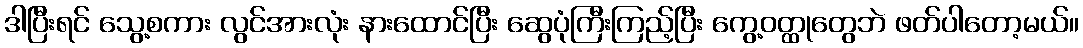
ဒါပြီးရင် သွေ့စကား လွင်အားလုံး နားထောင်ပြီး ဆွေပုံကြီးကြည့်ပြီး ကွေ့ဝတ္ထုတွေဘဲ ဖတ်ပါတော့မယ်။